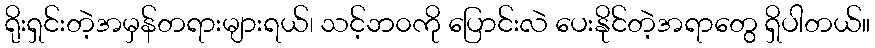
ရိုးရှင်းတဲ့အမှန်တရားများရယ်၊ သင့်ဘ၀ကို ပြောင်းလဲ ပေးနိုင်တဲ့အရာတွေ ရှိပါတယ်။